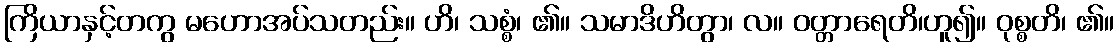
ကြိယာနှင့်တကွ မဟောအပ်သတည်း။ ဟိ၊ သစ္စံ၊ ၏။ သမာဒိဟိတွာ၊ လ။ ဝတ္တာရေတိ၊ဟူ၍။ ဝုစ္စတိ၊ ၏။